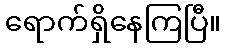
ရောက်ရှိနေကြပြီ။